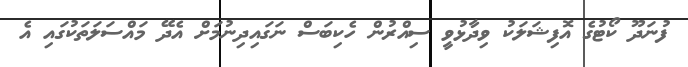
ފުނަދޫ ކޯޓުގެ އޮފިޝަލަކު ވިދާޅުވީ ސިއްރުން ހެކިބަސް ނަގައިދިނުމަށް އެދޭ މައްސަލަތަކުގައި އެ